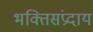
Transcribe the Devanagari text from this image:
भक्तिसंप्रदाय